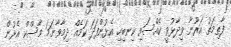
ފާތިމަތު އަރޫނާ ވިދާޅުވީ ކެއްސައި ކިނބިހި އެޅުންފަދަ ކަމެއް ދިމާވާނަމަ މާސްކް އެޅުން